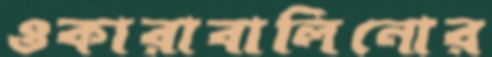
ওকারাবালিনোর